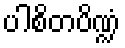
ပါစိတပိဏ္ဍံ